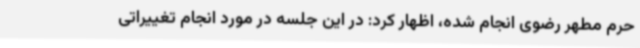
حرم مطهر رضوی انجام شده، اظهار کرد: در این جلسه در مورد انجام تغییراتی